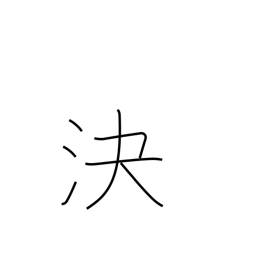
Meaning: decide